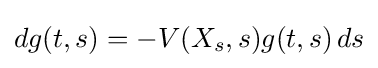
dg(t,s)=-V(X_{s},s)g(t,s)\,ds